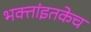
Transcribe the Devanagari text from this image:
भक्तांइतकेच